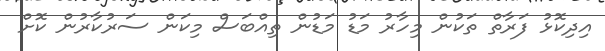
އިދިކޮޅު ފަރާތް ތަކުން މިހާރު މަޑު މަޑުން ތިއްބަސް މިކަން ސަރުކާރުން ކޮށް